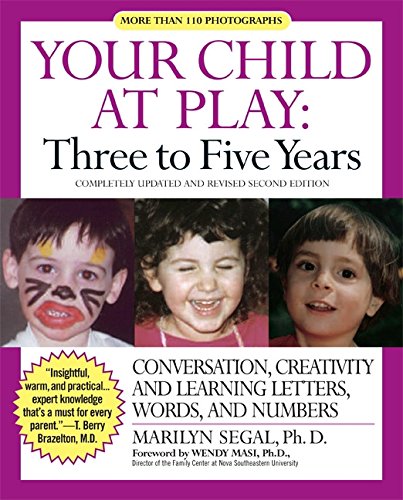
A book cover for Your Child at Play: Three to Five Years: Conversation, Creativity, and Learning Letters, Words and Numbers; Marilyn, PhD Segal; Parenting & Relationships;